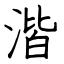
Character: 湝